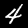
Label: 4